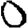
Digit: 0